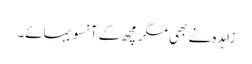
زاہدہ نے بھی مگر مچھ کے آنسو بہائے۔